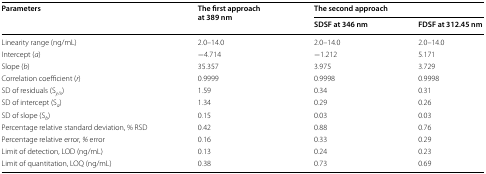
<table><thead><tr><td rowspan="2"><b>Parameters</b></td><td rowspan="2"><b>The first approach at 389 nm</b></td><td colspan="2"><b>The second approach</b></td></tr><tr><td><b>SDSF at 346 nm</b></td><td><b>FDSF at 312.45 nm</b></td></tr></thead><tbody><tr><td>Linearity range (ng/mL)</td><td>2.0–14.0</td><td>2.0–14.0</td><td>2.0–14.0</td></tr><tr><td>Intercept (<i>a</i>)</td><td>−4.714</td><td>−1.212</td><td>5.171</td></tr><tr><td>Slope (<i>b</i>)</td><td>35.357</td><td>3.975</td><td>3.729</td></tr><tr><td>Correlation coefficient (<i>r</i>)</td><td>0.9999</td><td>0.9998</td><td>0.9998</td></tr><tr><td>SD of residuals (S<sub><i>y/x</i></sub>)</td><td>1.59</td><td>0.34</td><td>0.31</td></tr><tr><td>SD of intercept (S<sub><i>a</i></sub>)</td><td>1.34</td><td>0.29</td><td>0.26</td></tr><tr><td>SD of slope (S<sub><i>b</i></sub>)</td><td>0.15</td><td>0.03</td><td>0.03</td></tr><tr><td>Percentage relative standard deviation, % RSD</td><td>0.42</td><td>0.88</td><td>0.76</td></tr><tr><td>Percentage relative error, <i>%</i> error</td><td>0.16</td><td>0.33</td><td>0.29</td></tr><tr><td>Limit of detection, LOD (ng/mL)</td><td>0.13</td><td>0.24</td><td>0.23</td></tr><tr><td>Limit of quantitation, LOQ (ng/mL)</td><td>0.38</td><td>0.73</td><td>0.69</td></tr></tbody></table>